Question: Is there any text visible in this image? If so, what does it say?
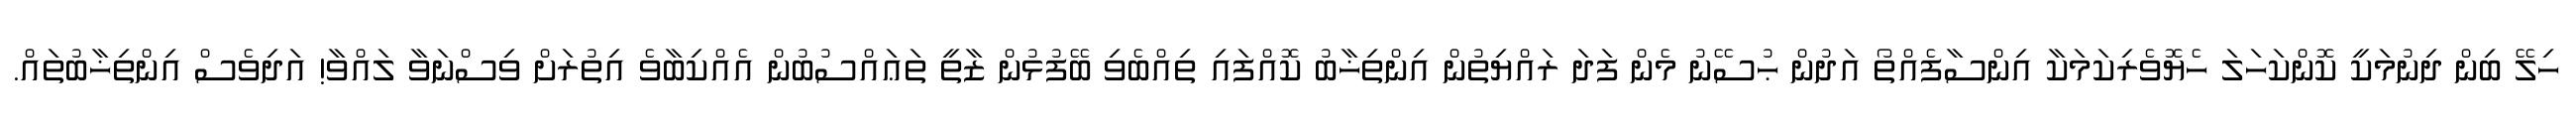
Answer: ހިލޭ ބިން ދިނުމަކީ ކޮންކަހަލަ ހެޔޮވެރިކަމަކާ އިންސާފެއްތޯ އަދުން ޙުސޭނު މެން ފަދަ ރައްޔިތުން އިންތިޚާބު ކޮއްފައި ތިއްބެވި ބޭފުޅުން ޒާތީ ތަޢައްސުބުން އެއްކިބާވެ އިތުރަށް ވިސްނަވާ ލައްވާ! އަދިވެސް އިންތިޚާބުތައް.